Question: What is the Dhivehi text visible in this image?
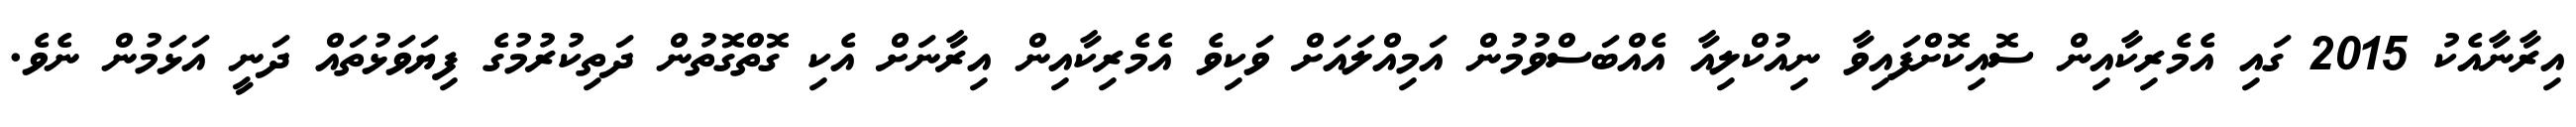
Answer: އިރާނާއެކު 2015 ގައި އެމެރިކާއިން ސޮއިކޮށްފައިވާ ނިއުކްލިއާ އެއްބަސްވުމުން އަމިއްލައަށް ވަކިވެ އެމެރިކާއިން އިރާނަށް އެކި ގޮތްގޮތުން ދަތިކުރުމުގެ ފިޔަވަޅުތައް ދަނީ އަޅަމުން ނެވެ.